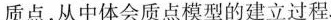
质点，从中体会质点模型的建立过程。